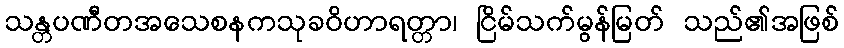
သန္တပဏီတအသေစနကသုခဝိဟာရတ္တာ၊ ငြိမ်သက်မွန်မြတ် သည်၏အဖြစ်